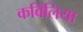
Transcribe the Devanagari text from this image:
कबिलिया